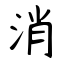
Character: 消